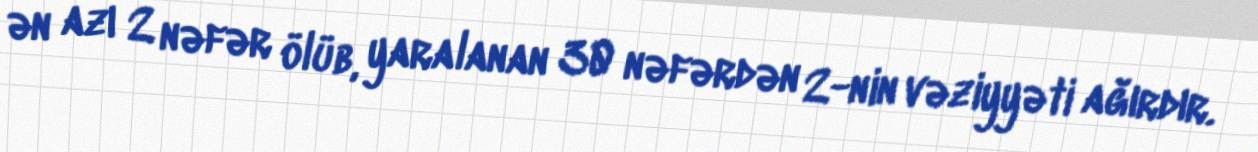
ən azı 2 nəfər ölüb, yaralanan 30 nəfərdən 2-nin vəziyyəti ağırdır.